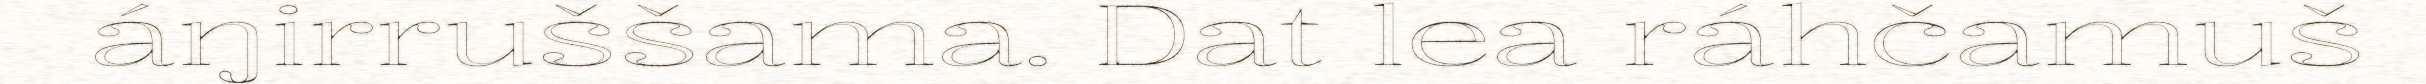
áŋirruššama. Dat lea ráhčamuš